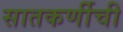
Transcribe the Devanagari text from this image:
सातकर्णीची